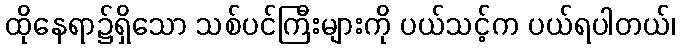
ထိုနေရာ၌ရှိသော သစ်ပင်ကြီးများကို ပယ်သင့်က ပယ်ရပါတယ်၊